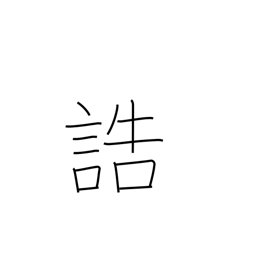
Meaning: give instructions